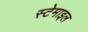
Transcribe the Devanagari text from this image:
स्टेमाइल